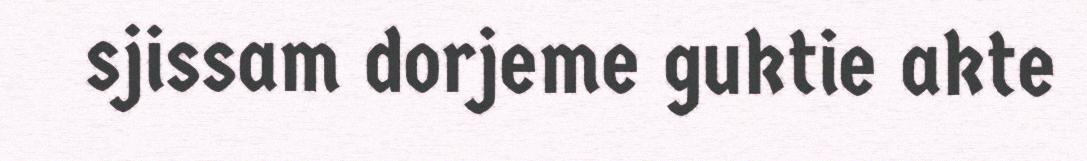
sjissam dorjeme guktie akte